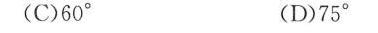
(C)60° (D)75°